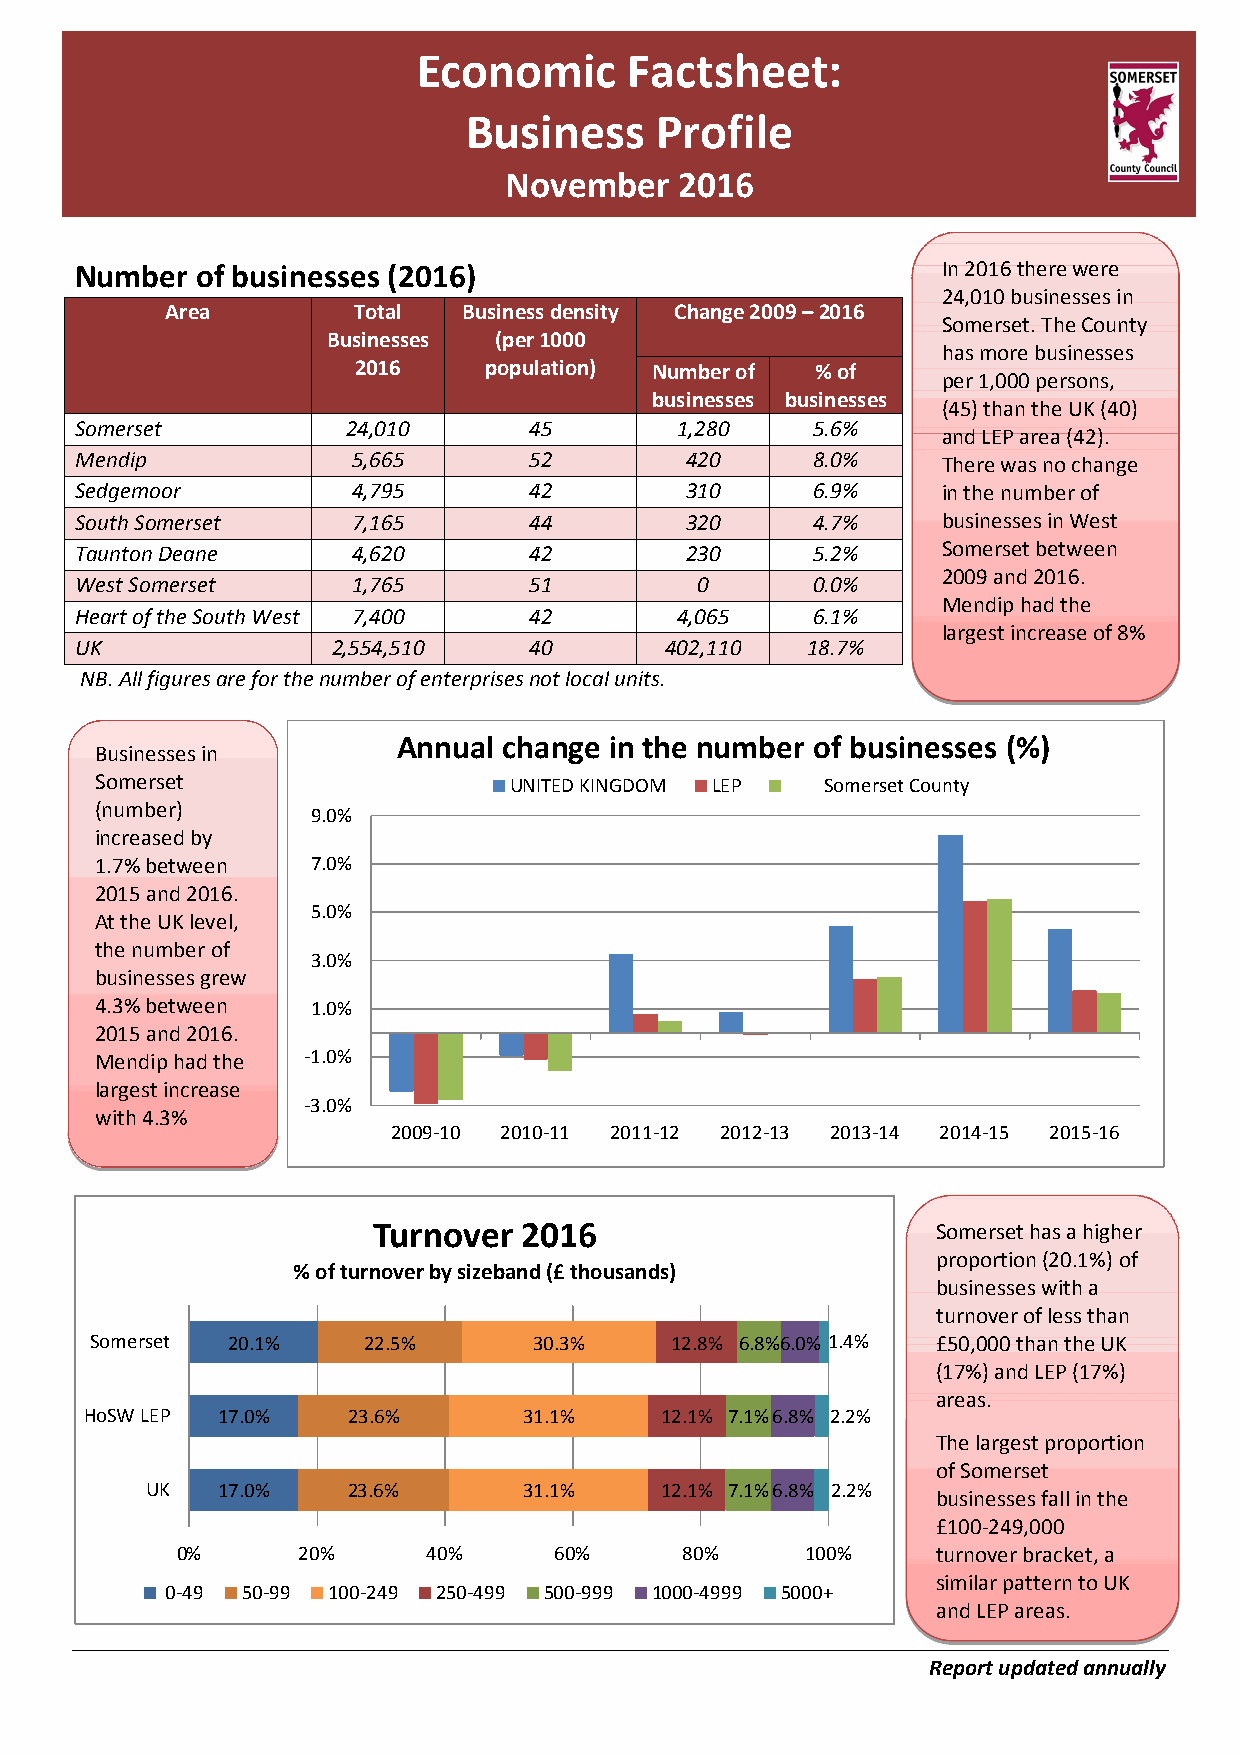
Economic      Factsheet:
 Business    Profile
 November    2016
 Number  of businesses (2016)                             In 2016 there were
 24,010 businesses in
 Area        Total   Business density Change 2009 – 2016
 Somerset. The County
 Businesses (per 1000
 has more businesses
 2016     population) Number of % of
 per 1,000 persons,
 businesses businesses
 (45) than the UK (40)
 Somerset          24,010      45        1,280    5.6%
 and LEP area (42).
 Mendip            5,665       52        420      8.0%    There was no change
 Sedgemoor         4,795       42        310      6.9%    in the number of
 South Somerset    7,165       44        320      4.7%    businesses in West
 Taunton Deane     4,620       42        230      5.2%    Somerset between
 2009 and 2016.
 West Somerset     1,765       51         0       0.0%
 Mendip had the
 Heart of the South West 7,400 42        4,065    6.1%
 largest increase of 8%
 UK               2,554,510    40       402,110  18.7%
 NB. All figures are for the number of enterprises not local units.
 Annual change in the number of businesses (%)
 Businesses in
 Somerset                    UNITED KINGDOM LEP   Somerset County
 (number)
 9.0%
 increased by
 1.7% between   7.0%
 2015 and 2016.
 5.0%
 At the UK level,
 the number of
 3.0%
 businesses grew
 4.3% between   1.0%
 2015 and 2016.
 Mendip had the -1.0%
 largest increase
 -3.0%
 with 4.3%
 2009-10 2010-11 2011-12 2012-13 2013-14 2014-15 2015-16
 Turnover 2016                        Somerset has a higher
 proportion (20.1%) of
 % of turnover by sizeband (£ thousands)
 businesses with a
 turnover of less than
 Somerset 20.1%    22.5%      30.3%    12.8% 6.8%6.0% 1.4% £50,000 than the UK
 (17%) and LEP (17%)
 areas.
 HoSW LEP 17.0%   23.6%       31.1%    12.1% 7.1%6.8% 2.2%
 The largest proportion
 of Somerset
 UK  17.0%    23.6%       31.1%    12.1% 7.1%6.8% 2.2%
 businesses fall in the
 £100-249,000
 0%      20%     40%      60%     80%     100%     turnover bracket, a
 similar pattern to UK
 0-49 50-99 100-249 250-499 500-999 1000-4999 5000+
 and LEP areas.
 Report updated annually